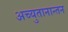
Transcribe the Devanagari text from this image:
अच्युतानान्तन